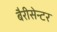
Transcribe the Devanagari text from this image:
बैरीसेन्टर